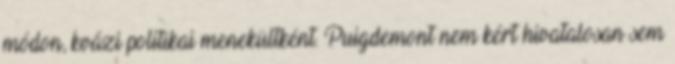
módon, kvázi politikai menekültként. Puigdemont nem kért hivatalosan sem